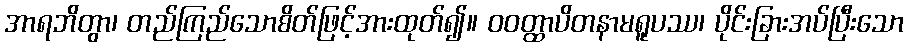
အာရဘိတွာ၊ တည်ကြည်သောစိတ်ဖြင့်အားထုတ်၍။ ဝဝတ္ထာပိတနာမရူပဿ၊ ပိုင်းခြားအပ်ပြီးသော